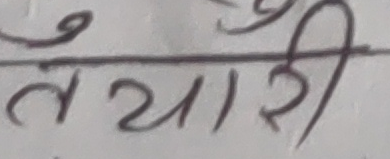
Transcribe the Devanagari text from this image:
तैयारी